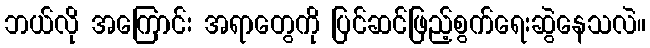
ဘယ်လို အကြောင်း အရာတွေကို ပြင်ဆင်ဖြည့်စွက်ရေးဆွဲနေသလဲ။